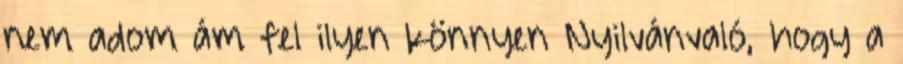
nem adom ám fel ilyen könnyen Nyilvánvaló, hogy a